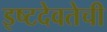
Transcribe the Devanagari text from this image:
इष्टदेवतेची